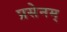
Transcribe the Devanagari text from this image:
प्रसेनम्‌